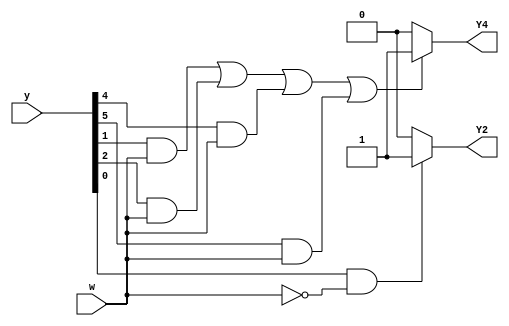
module top_module (
    input [6:1] y,
    input w,
    output Y2,
    output Y4);
    
    parameter A=6'b000001, B=6'b000010, C=6'b000100, D=6'b001000, E=6'b010000, F=6'b100000;
    
    assign Y2 = ((y[1])&(w==0))?1:0;
    assign Y4 = ((y[2])&(w==1) | (y[3])&(w==1) | (y[5])&(w==1) | (y[6])&(w==1))?1:0;

endmodule